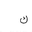
Letter: _kaf